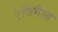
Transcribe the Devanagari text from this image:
रेजिनैल्ड